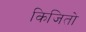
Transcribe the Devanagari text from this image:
किजितो